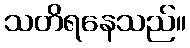
သတိရနေသည်။